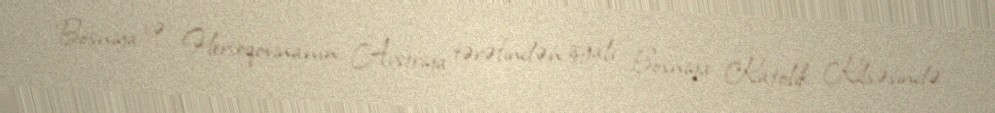
Bosniya və Herseqovinanın Avstriya tərəfindən işğalı Bosniya Katolik Kilsəsində